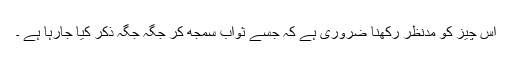
اس چیز کو مدنظر رکھنا ضروری ہے کہ جسے ثواب سمجھ کر جگہ جگہ ذکر کیا جارہا ہے ۔